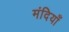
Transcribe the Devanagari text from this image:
मंदियाँ